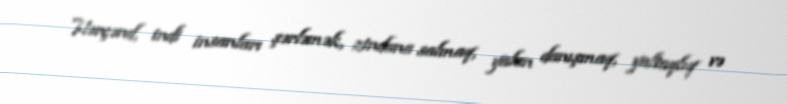
Hərçənd, indi insanları şərləmək, zindana salmaq, yalan danışmaq, yaltaqlıq və